Medical and sanitary report of the native army of Bengal for the year
Year: 1876
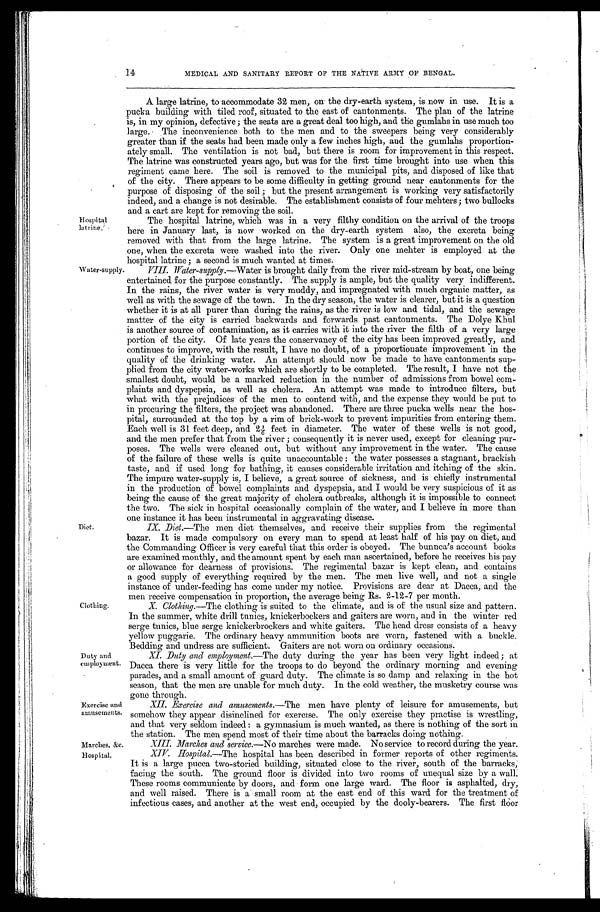
Hospital
latrine.
14
MEDICAL AND SANITARY REPORT OF THE NATIVE ARMY OF BENGAL.
A large latrine, to accommodate 32 men, on the dry-earth system, is now in use. It is a
pucka building with tiled roof, situated to the east of cantonments. The plan of the latrine
is, in my opinion, defective; the seats are a great deal too high, and the gumlahs in use much too
large. The inconvenience both to the men and to the sweepers being very considerably
greater than if the seats had been made only a few inches high, and the gumlahs proportion-
ately small. The ventilation is not bad, but there is room for improvement in this respect.
The latrine was constructed years ago, but was for the first time brought into use when this
regiment came here. The soil is removed to the municipal pits, and disposed of like that
of the city. There appears to be some difficulty in getting ground near cantonments for the
purpose of disposing of the soil ; but the present arrangement is working very satisfactorily
indeed, and a change is not desirable. The establishment consists of four mehters; two bullocks
and a cart are kept for removing the soil.
The hospital latrine, which was in a very filthy condition on the arrival of the troops
here in January last, is now worked on the dry-earth system also, the excreta being
removed with that from the large latrine. The system is a great improvement on the old
one, when the excreta were washed into the river. Only one mehter is employed at the
hospital latrine ; a second is much wanted at times.
Water-supply.
D i e t .
Clothing.
Duty and
employment.
Exercise and
amusements.
Marches, &c.
Water-supply .—Water is brought daily from the river mid-stream by boat, one being
entertained for the purpose constantly. The supply is ample, but the quality very indifferent.
In the rains, the river water is very muddy, and impregnated with much organic matter, as
well as with the sewage of the town. In the dry season, the water is clearer, but it is a question
whether it is at all purer than during the rains, as the river is low and tidal, and the sewage
matter of the city is carried backwards and forwards past cantonments. The Dolye Khul
is another source of contamination, as it carries with it into the river the filth of a very large
portion of the city. Of late years the conservancy of the city has been improved greatly, and
continues to improve, with the result, I have no doubt, of a proportionate improvement in the
quality of the drinking water. An attempt should now be made to have cantonments sup--
plied from the city water-works which are shortly to be completed. The result, I have not the
smallest doubt, would be a marked reduction in the number of admissions from bowel com-
-
plaints and dyspepsia, as well as cholera. An attempt was made to introduce filters, but
what with the prejudices of the men to contend with, and the expense they would be put to
in procuring the filters, the project was abandoned. There are three pucka wells near the hos- -
pital, surrounded at the top by a rim of brick-work to prevent impurities from entering them.
Each well is 31 feet deep, and 2 1/6 feet in diameter. The water of these wells is not good,
and the men prefer that from the river ; consequently it is never used, except for cleaning pur--
poses. The wells were cleaned out, but without any improvement in the water. The cause
of the failure of these wells is quite unaccountable : the water possesses a stagnant, brackish
taste, and if used long for bathing, it causes considerable irritation and itching of the skin.
The impure water-supply is, I believe, a great source of sickness, and is chiefly instrumental
in the production of bowel complaints and dyspepsia, and I would be very suspicious of it as
being the cause of the great majority of cholera outbreaks, although it is impossible to connect
the two. The sick in hospital occasionally complain of the water, and I believe in more than
one instance it has been instrumental in aggravating disease.
IX. Diet.—The men diet themselves, and receive their supplies from the regimental
bazar. It is made compulsory on every man to spend at least half of his pay on diet, and
the Commanding Officer is very careful that this order is obeyed. The bunnea’s account books
are examined monthly, and the amount spent by each man ascertained, before he receives his pay
or allowance for dearness of provisions. The regimental bazar is kept clean, and contains
a good supply of everything required by the men. The men live well, and not a single
instance of under-feeding has come under my notice. Provisions are dear at Dacca, and the
men receive compensation in proportion, the average being Rs. 2-12-7 per month.
X. Clothing.—The clothing is suited to the climate, and is of the usual size and pattern.
In the summer, white drill tunics, knickerbockers and gaiters are worn, and in the winter red
serge tunics, blue serge knickerbrockers and white gaiters. The head dress consists of a heavy
yellow puggarie. The ordinary heavy ammunition boots are worn, fastened with a buckle.
Bedding and undress are sufficient. Gaiters are not worn on ordinary occasions.
XI. Duty and employment.—The duty during the year has been very light indeed ; at
Dacca there is very little for the troops to do beyond the ordinary morning and evening
parades, and a small amount of guard duty. The climate is so damp and relaxing in the hot
season, that the men are unable for much duty. In the cold weather, the musketry course was
gone through.
XII. Exercise and amusements.—The men have plenty of leisure for amusements, but
somehow they appear disinclined for exercise. The only exercise they practise is wrestling,
and that very seldom indeed : a gymnasium is much wanted, as there is nothing of the sort in
the station. The men spend most of their time about the barracks doing nothing.
Marches and service.—No marches were made. No service to record during the year.
Hospital.
XIV. Hospital.—The hospital has been described in former reports of other regiments.
It is a large pucca two-storied building, situated close to the river, south of the barracks,
facing the south. The ground floor is divided into two rooms of unequal size by a wall.
These rooms communicate by doors, and form one large ward. The floor is asphalted, dry,
and well raised. There is a small room at the east end of this ward for the treatment of
infectious cases, and another at the west end, occupied by the dooly-bearers. The first floor